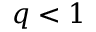
q < 1